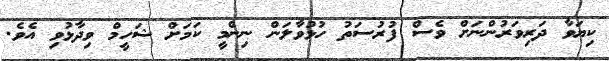
ކިޔަވާ ދަރިވަރުންނަށް ވެސް ފުރުސަތު ހުޅުވާލަން ނިންމީ ކަމަށް ޝަހީމް ވިދާޅުވި އެވެ.